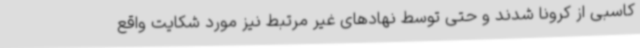
کاسبی از کرونا شدند و حتی توسط نهادهای غیر مرتبط نیز مورد شکایت واقع